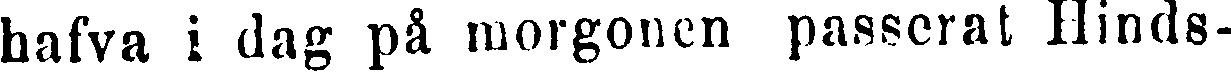
hafva i dag på morgonen passerat Hinds-